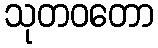
သုတဝတော